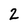
Character: 2